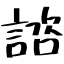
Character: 諮